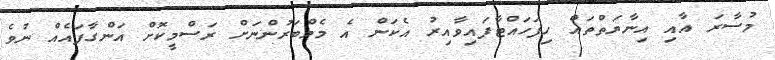
މުސާރަ އާއި އިނާޔަތްތައް ހިފަހައްޓާފައިވާއިރު އެކަން އެ މެމްބަރުންނަށް ރަސްމީކޮށް އަންގާފައެއް ނުވެ